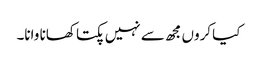
کیا کروں مجھ سے نہیں پکتا کھانا وانا۔